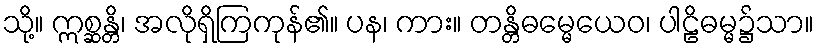
သို့။ ဣစ္ဆန္တိ၊ အလိုရှိကြကုန်၏။ ပန၊ ကား။ တန္တိဓမ္မေယေဝ၊ ပါဠိဓမ္မ၌သာ။